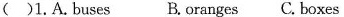
()1.A.buses B.oranges C.boxes